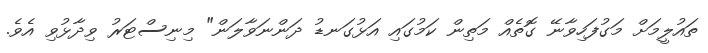
ތައުލީމަށް މަގުފަހިވާނޭ ގޮތެއް މަތިން ކަމުގައި އަޅުގަނޑު ދަންނަވާލަން" މިނިސްޓަރު ވިދާޅުވި އެވެ.